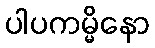
ပါပကမ္မိနော